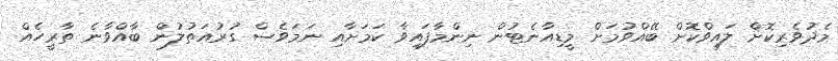
މެދުވެރިކޮށް ލައިވްކޮށް ބޭއްވުމަށް މީޑިއާނެޓުން ނިންމާފައިވާ ކަމަށާއި ނަމަވެސް ގުރުއަތުލުން ބާއްވާނެ ތާރީހެއް